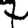
Digit: 7